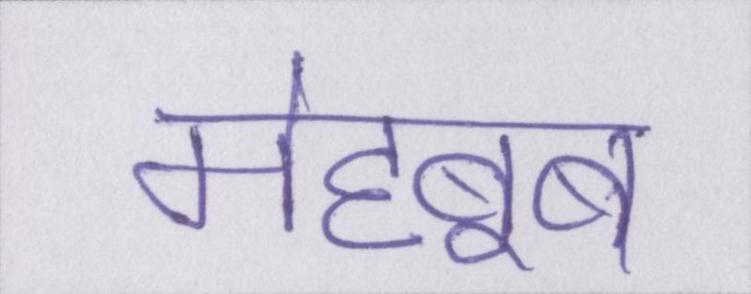
मेह्बूब